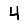
Digit: 4